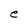
Character: e